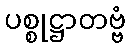
ပစ္စုဋ္ဌာတဗ္ဗံ